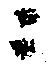
ニ